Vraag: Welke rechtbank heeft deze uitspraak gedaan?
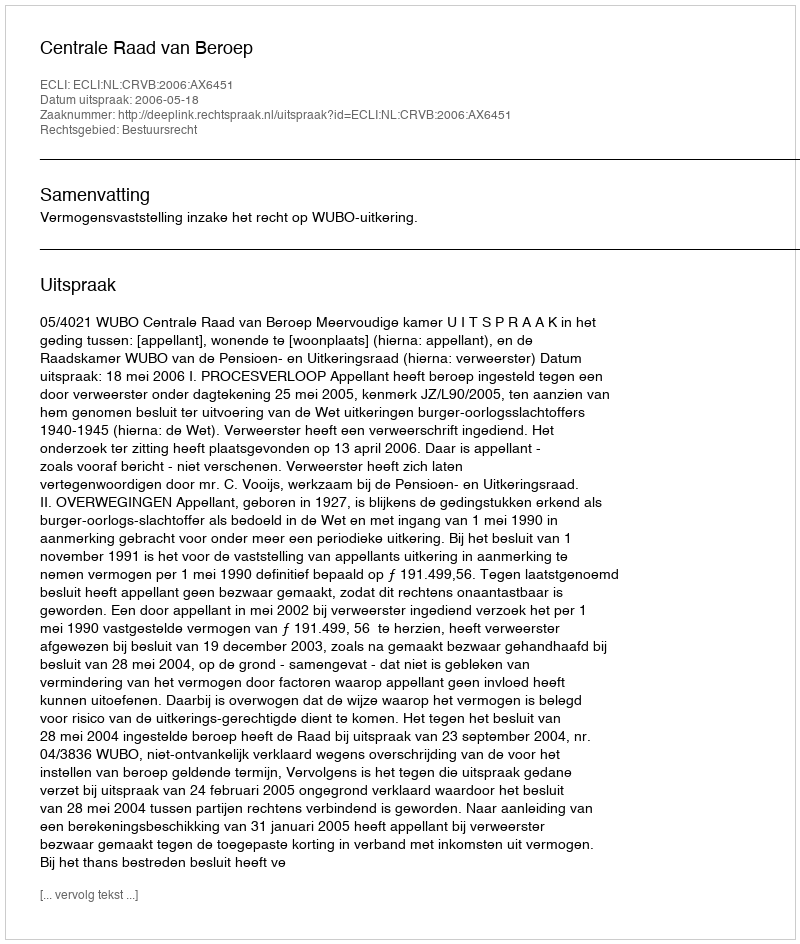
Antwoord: Centrale Raad van Beroep